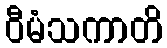
ဝီမံသကာတိ